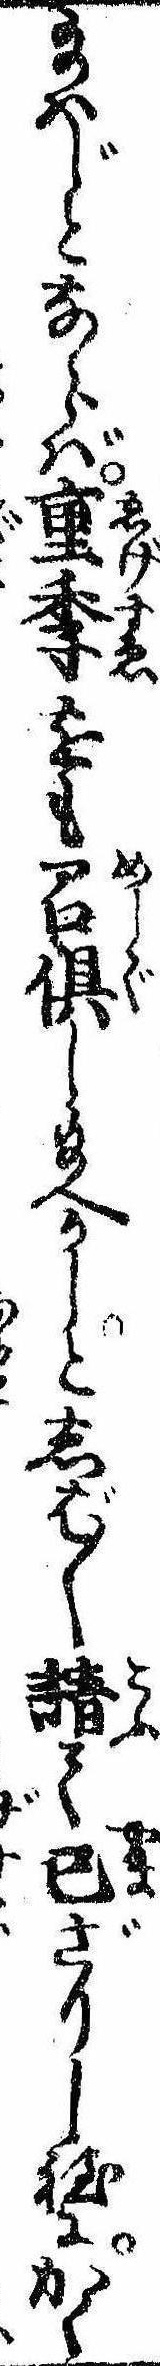
給はじとならば重季をも召倶し給へかしとしば〱請て已ざりし程にかく